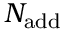
N _ { \mathrm { a d d } }